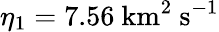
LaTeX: \eta_{1}=7.56\ \mathrm{km^{2}\ s^{-1}}